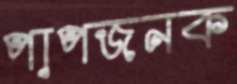
পাপজনক